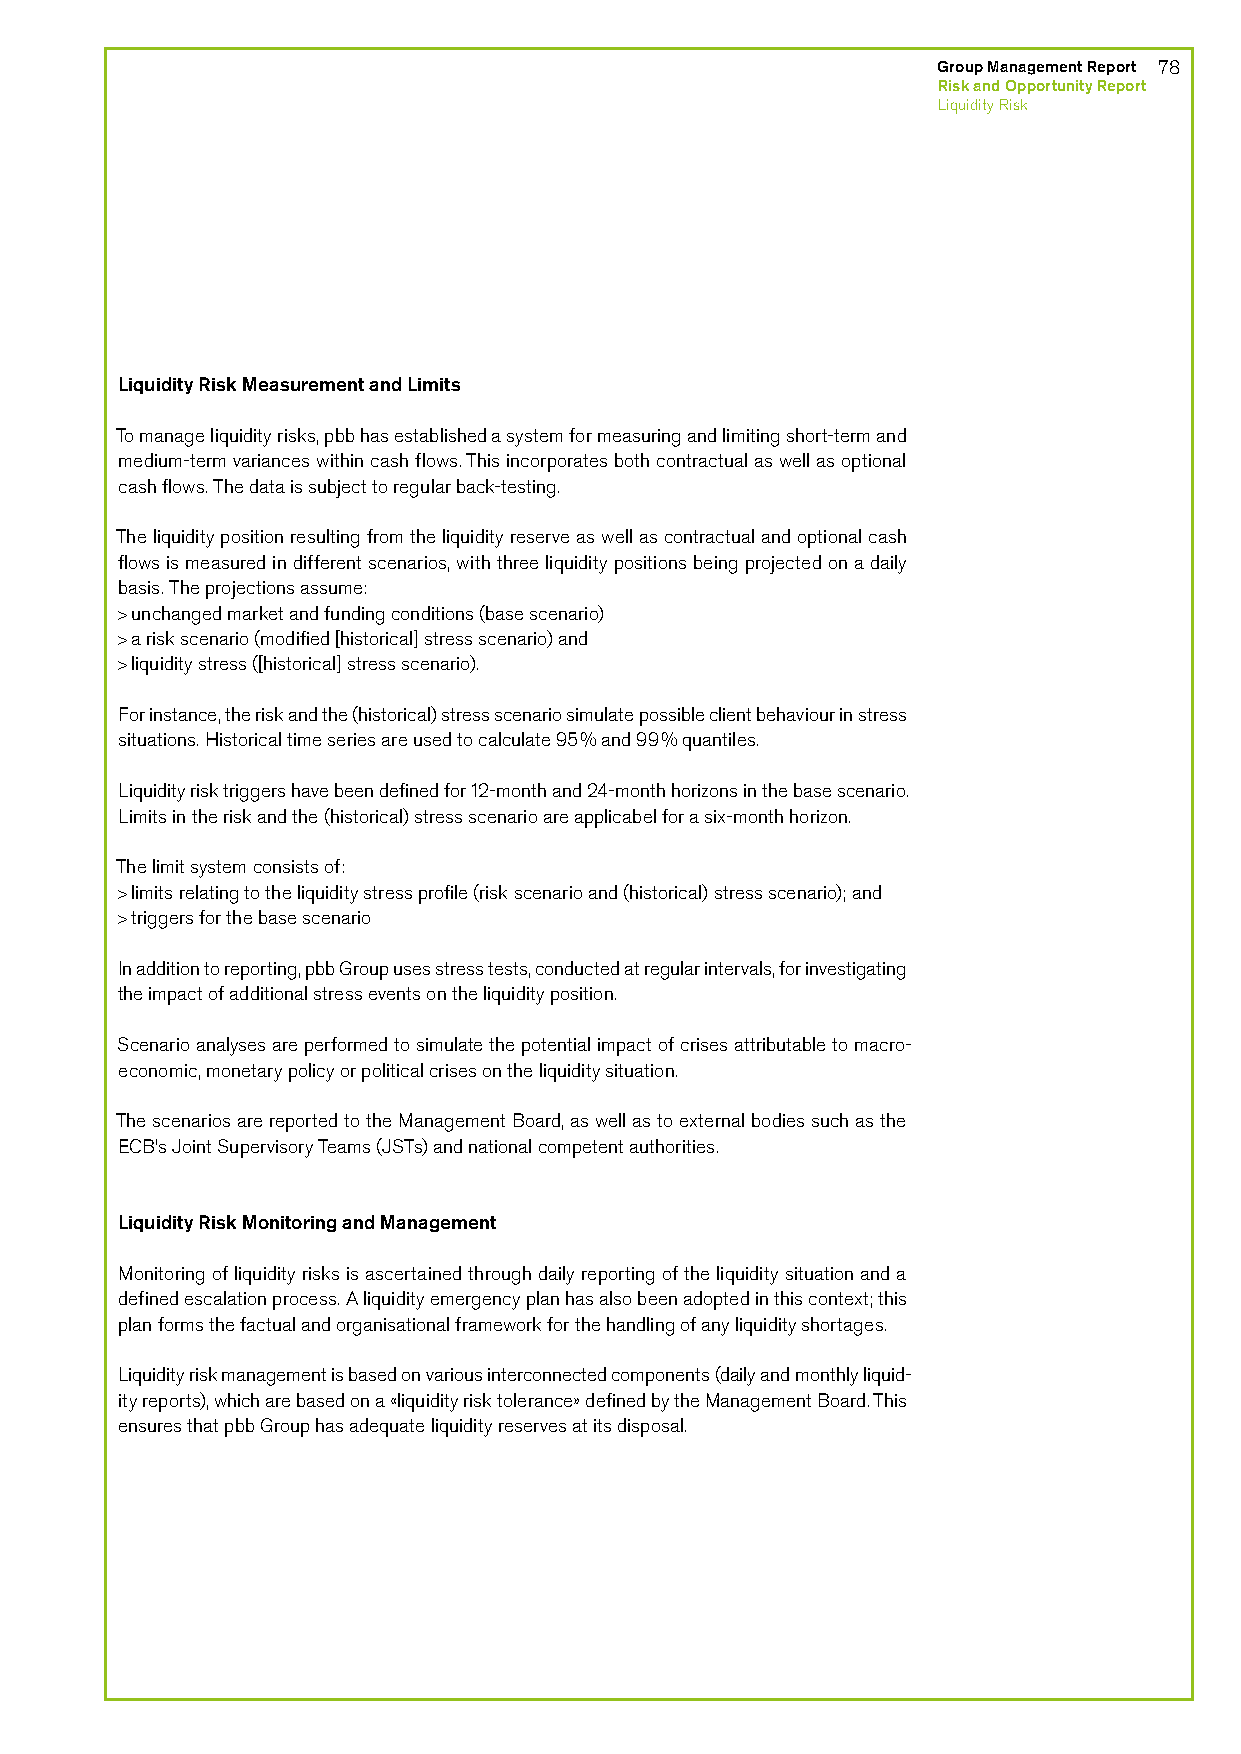
Group Management Report 78
 Risk and Opportunity Report
 Liquidity Risk
 Liquidity Risk Measurement and Limits
 To manage liquidity risks, pbb has established a system for measuring and limiting short-term and
 medium-term variances within cash flows. This incorporates both contractual as well as optional
 cash flows. The data is subject to regular back-testing.
 The liquidity position resulting from the liquidity reserve as well as contractual and optional cash
 flows is measured in different scenarios, with three liquidity positions being projected on a daily
 basis. The projections assume:
 > unchanged market and funding conditions (base scenario)
 > a risk scenario (modified [historical] stress scenario) and
 > liquidity stress ([historical] stress scenario).
 For instance, the risk and the (historical) stress scenario simulate possible client behaviour in stress
 situations. Historical time series are used to calculate 95% and 99% quantiles.
 Liquidity risk triggers have been defined for 12-month and 24-month horizons in the base scenario.
 Limits in the risk and the (historical) stress scenario are applicabel for a six-month horizon.
 The limit system consists of:
 > limits relating to the liquidity stress profile (risk scenario and (historical) stress scenario); and
 > triggers for the base scenario
 In addition to reporting, pbb Group uses stress tests, conducted at regular intervals, for investigating
 the impact of additional stress events on the liquidity position.
 Scenario analyses are performed to simulate the potential impact of crises attributable to macro-
 economic, monetary policy or political crises on the liquidity situation.
 The scenarios are reported to the Management Board, as well as to external bodies such as the
 ECB’s Joint Supervisory Teams (JSTs) and national competent authorities.
 Liquidity Risk Monitoring and Management
 Monitoring of liquidity risks is ascertained through daily reporting of the liquidity situation and a
 defined escalation process. A liquidity emergency plan has also been adopted in this context; this
 plan forms the factual and organisational framework for the handling of any liquidity shortages.
 Liquidity risk management is based on various interconnected components (daily and monthly liquid-
 ity reports), which are based on a «liquidity risk tolerance» defined by the Management Board. This
 ensures that pbb Group has adequate liquidity reserves at its disposal.